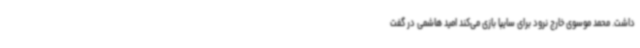
داشت. محمد موسوی خارج نرود برای سایپا بازی می‌کند امید هاشمی در گفت